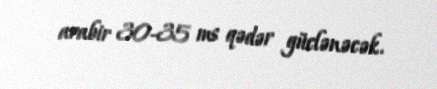
arabir 30-35 ms qədər güclənəcək.